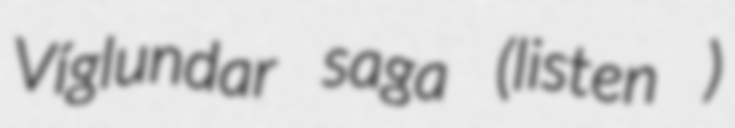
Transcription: Víglundar saga (listen )